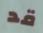
قد